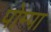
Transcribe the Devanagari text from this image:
पोम्पा